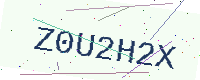
Text: Z0U2H2X